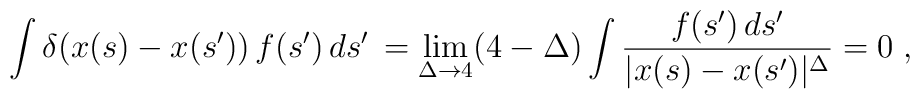
\int \delta (x(s)-x(s'))\, f(s')\, ds'\, =\lim _{\Delta \to 4}(4-\Delta )\int \frac{f(s')\, ds'}{|x(s)-x(s')|^{\Delta }}=0\; ,